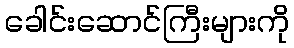
ခေါင်းဆောင်ကြီးများကို